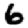
Digit: 6